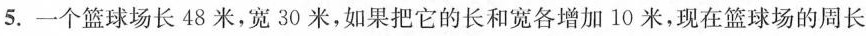
5.一个篮球场长48米，宽30米，如果把它的长和宽各增加10米，现在篮球场的周长